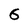
Character: 6